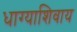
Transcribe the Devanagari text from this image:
धाग्याशिवाय